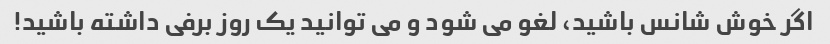
اگر خوش شانس باشید، لغو می شود و می توانید یک روز برفی داشته باشید!